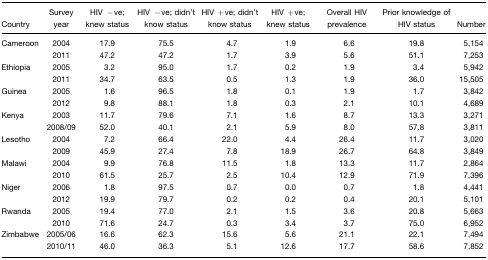
<table><thead><tr><td><b>Country</b></td><td><b>Survey year</b></td><td><b>HIV −ve; knew status</b></td><td><b>HIV −ve; didn&#x27;t know status</b></td><td><b>HIV +ve; didn&#x27;t know status</b></td><td><b>HIV +ve; knew status</b></td><td><b>Overall HIV prevalence</b></td><td><b>Prior knowledge of HIV status</b></td><td><b>Number</b></td></tr></thead><tbody><tr><td>Cameroon</td><td>2004</td><td>17.9</td><td>75.5</td><td>4.7</td><td>1.9</td><td>6.6</td><td>19.8</td><td>5,154</td></tr><tr><td></td><td>2011</td><td>47.2</td><td>47.2</td><td>1.7</td><td>3.9</td><td>5.6</td><td>51.1</td><td>7,253</td></tr><tr><td>Ethiopia</td><td>2005</td><td>3.2</td><td>95.0</td><td>1.7</td><td>0.2</td><td>1.9</td><td>3.4</td><td>5,942</td></tr><tr><td></td><td>2011</td><td>34.7</td><td>63.5</td><td>0.5</td><td>1.3</td><td>1.9</td><td>36.0</td><td>15,505</td></tr><tr><td>Guinea</td><td>2005</td><td>1.6</td><td>96.5</td><td>1.8</td><td>0.1</td><td>1.9</td><td>1.7</td><td>3,842</td></tr><tr><td></td><td>2012</td><td>9.8</td><td>88.1</td><td>1.8</td><td>0.3</td><td>2.1</td><td>10.1</td><td>4,689</td></tr><tr><td>Kenya</td><td>2003</td><td>11.7</td><td>79.6</td><td>7.1</td><td>1.6</td><td>8.7</td><td>13.3</td><td>3,271</td></tr><tr><td></td><td>2008/09</td><td>52.0</td><td>40.1</td><td>2.1</td><td>5.9</td><td>8.0</td><td>57.8</td><td>3,811</td></tr><tr><td>Lesotho</td><td>2004</td><td>7.2</td><td>66.4</td><td>22.0</td><td>4.4</td><td>26.4</td><td>11.7</td><td>3,020</td></tr><tr><td></td><td>2009</td><td>45.9</td><td>27.4</td><td>7.8</td><td>18.9</td><td>26.7</td><td>64.8</td><td>3,849</td></tr><tr><td>Malawi</td><td>2004</td><td>9.9</td><td>76.8</td><td>11.5</td><td>1.8</td><td>13.3</td><td>11.7</td><td>2,864</td></tr><tr><td></td><td>2010</td><td>61.5</td><td>25.7</td><td>2.5</td><td>10.4</td><td>12.9</td><td>71.9</td><td>7,396</td></tr><tr><td>Niger</td><td>2006</td><td>1.8</td><td>97.5</td><td>0.7</td><td>0.0</td><td>0.7</td><td>1.8</td><td>4,441</td></tr><tr><td></td><td>2012</td><td>19.9</td><td>79.7</td><td>0.2</td><td>0.2</td><td>0.4</td><td>20.1</td><td>5,101</td></tr><tr><td>Rwanda</td><td>2005</td><td>19.4</td><td>77.0</td><td>2.1</td><td>1.5</td><td>3.6</td><td>20.8</td><td>5,663</td></tr><tr><td></td><td>2010</td><td>71.6</td><td>24.7</td><td>0.3</td><td>3.4</td><td>3.7</td><td>75.0</td><td>6,952</td></tr><tr><td>Zimbabwe</td><td>2005/06</td><td>16.6</td><td>62.3</td><td>15.6</td><td>5.6</td><td>21.1</td><td>22.1</td><td>7,494</td></tr><tr><td></td><td>2010/11</td><td>46.0</td><td>36.3</td><td>5.1</td><td>12.6</td><td>17.7</td><td>58.6</td><td>7,852</td></tr></tbody></table>